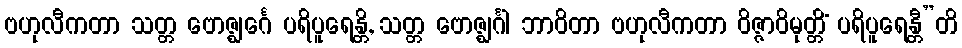
ဗဟုလီကတာ သတ္တ ဗောဇ္ဈင်္ဂေ ပရိပူရေန္တိ, သတ္တ ဗောဇ္ဈင်္ဂါ ဘာဝိတာ ဗဟုလီကတာ ဝိဇ္ဇာဝိမုတ္တိံ ပရိပူရေန္တီ”တိ